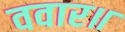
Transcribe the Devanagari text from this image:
ववार॥